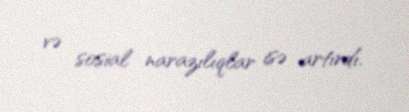
və sosial narazılıqlar isə artırdı.